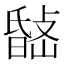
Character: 𭤉